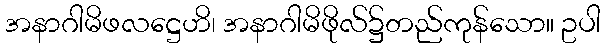
အနာဂါမိဖလဋ္ဌေဟိ၊ အနာဂါမိဖိုလ်၌တည်ကုန်သော။ ဥပါ